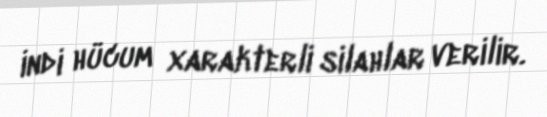
indi hücum xarakterli silahlar verilir.